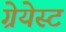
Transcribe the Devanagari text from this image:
ग्रेयेस्ट